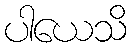
ပါယေသိ